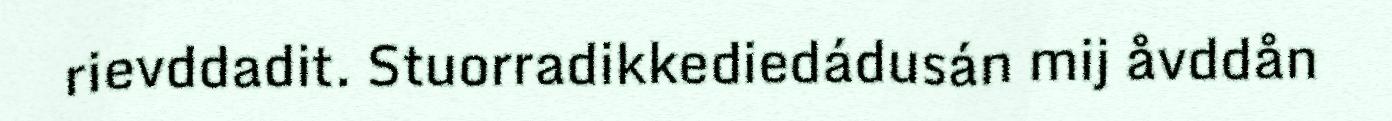
rievddadit. Stuorradikkediedádusán mij åvddån